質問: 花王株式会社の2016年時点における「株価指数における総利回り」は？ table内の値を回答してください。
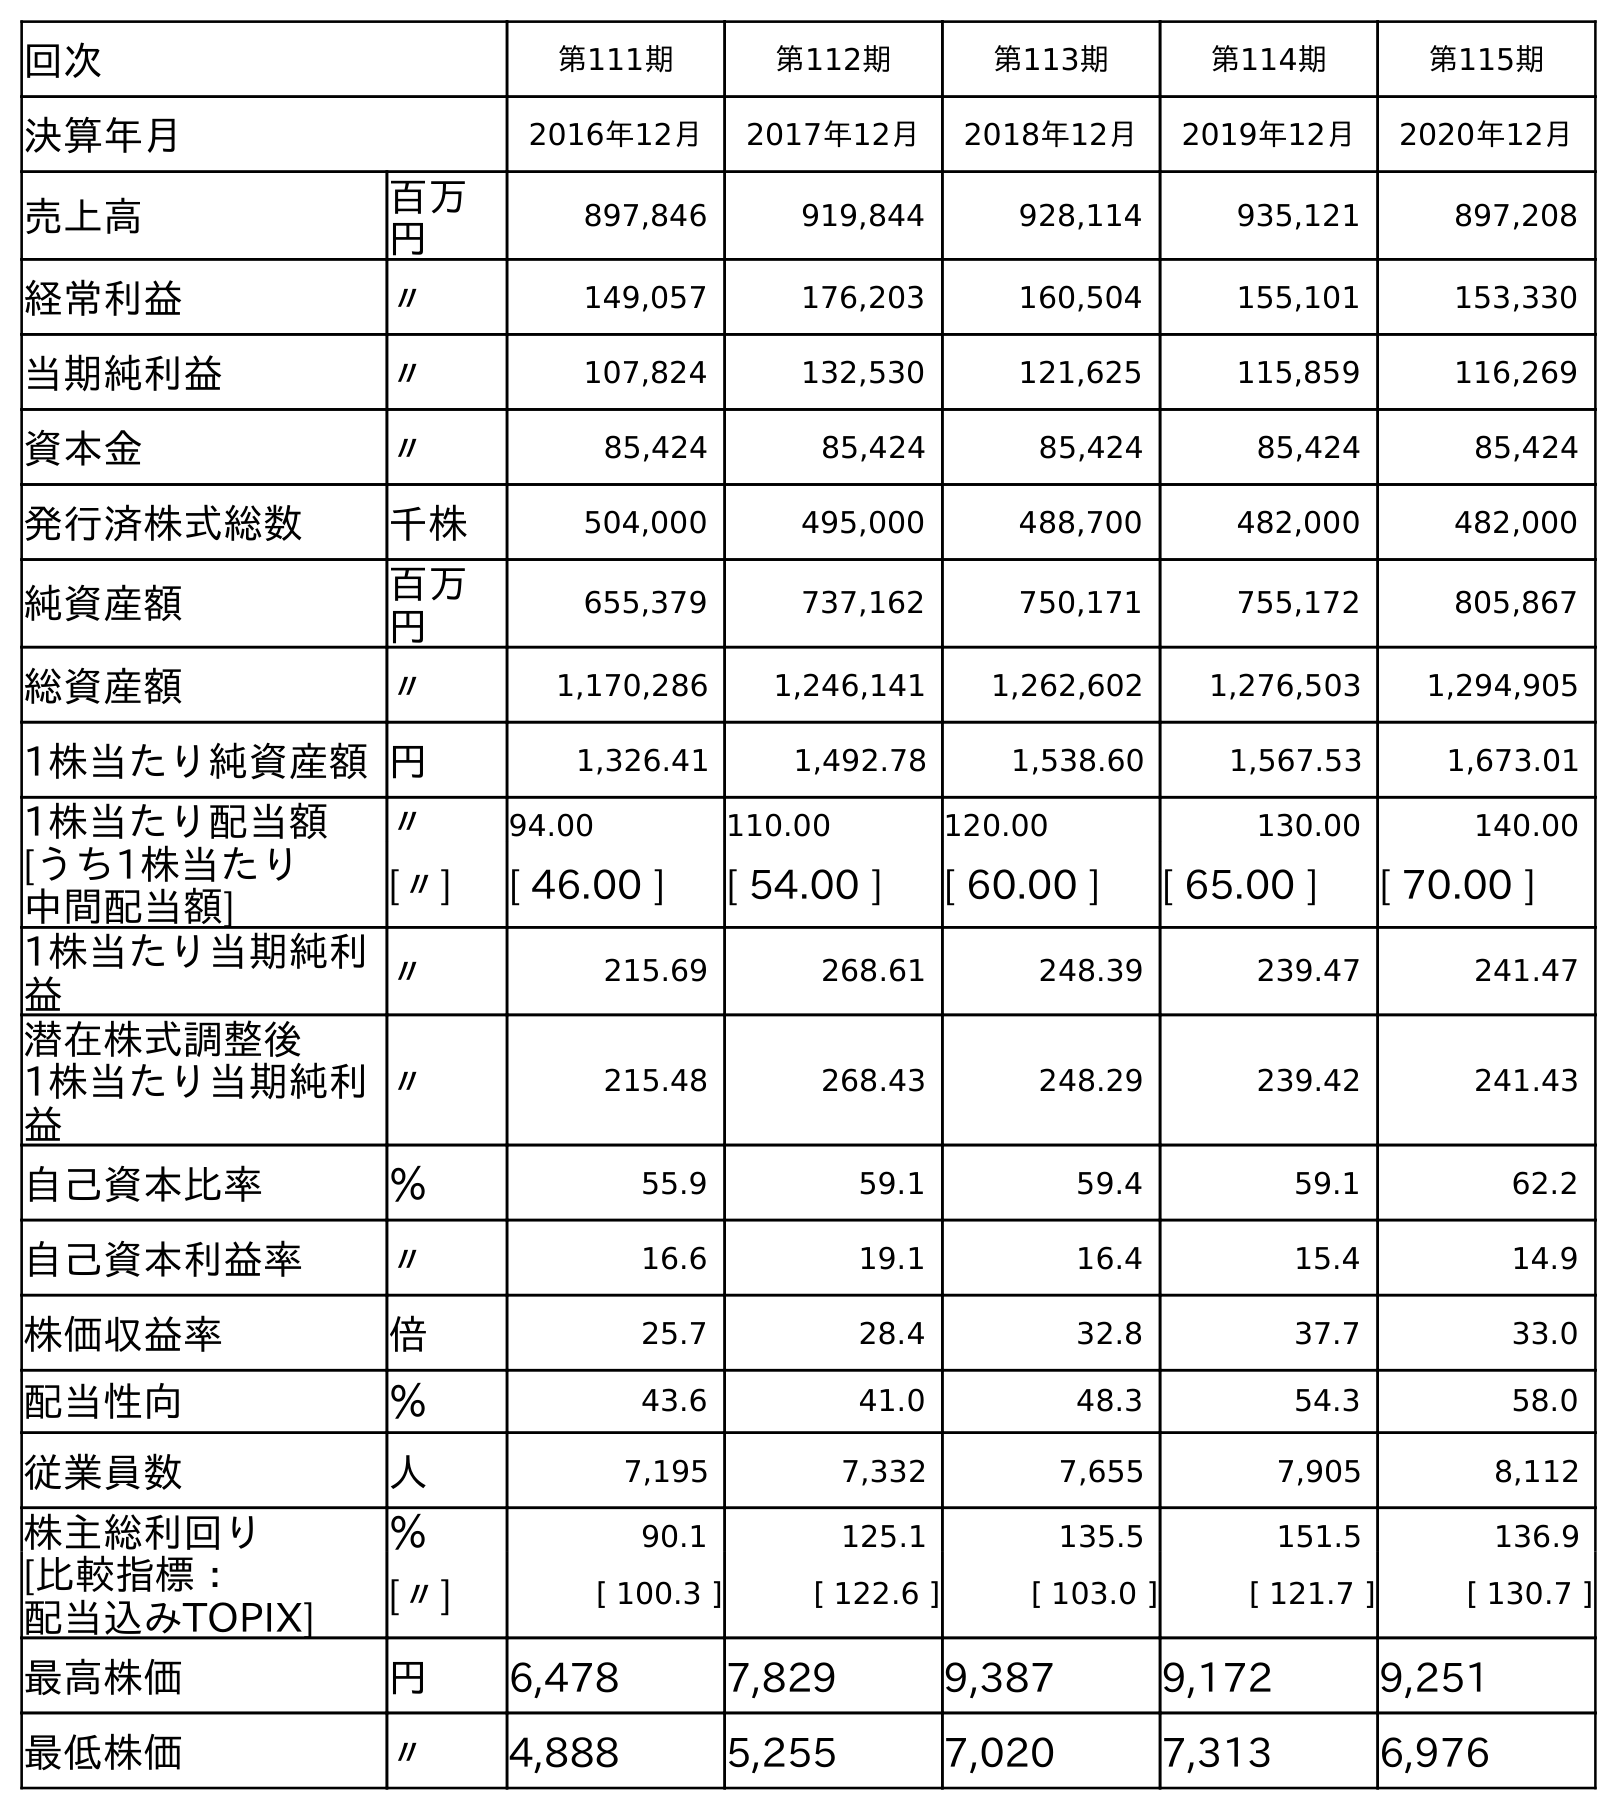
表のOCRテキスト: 回次 第111期 第112期 第113期 第114期 第115期 決算年月 2016年12月 2017年12月 2018年12月 2019年12月 2020年12月 売上高 百万 円 897,846 919,844 928,114 935,121 897,208 経常利益 〃 149,057 176,203 160,504 155,101 153,330 当期純利益 〃 107,824 132,530 121,625 115,859 116,269 資本金 〃 85,424 85,424 85,424 85,424 85,424 発行済株式総数 千株 504,000 495,000 488,700 482,000 482,000 純資産額 百万 円 655,379 737,162 750,171 755,172 805,867 総資産額 〃 1,170,286 1,246,141 1,262,602 1,276,503 1,294,905 1株当たり純資産額円 1,326.41 1,492.78 1,538.60 1,567.53 1,673.01 1株当たり配当額 〃 94.00 110.00 120.00 130.00 140.00 [うち1株当たり 中間配当額] [〃] [ 46.00 ] [ 54.00 ] [ 60.00 ] [ 65.00 ] [ 70.00 ] 1株当たり当期純利 益 〃 215.69 268.61 248.39 239.47 241.47 潜在株式調整後 1株当たり当期純利 益 〃 215.48 268.43 248.29 239.42 241.43 自己資本比率 ％ 55.9 59.1 59.4 59.1 62.2 自己資本利益率 〃 16.6 19.1 16.4 15.4 14.9 株価収益率 倍 25.7 28.4 32.8 37.7 33.0 配当性向 ％ 43.6 41.0 48.3 54.3 58.0 従業員数 人 7,195 7,332 7,655 7,905 8,112 株主総利回り ％ 90.1 125.1 135.5 151.5 136.9 [比較指標： 配当込みTOPIX] [〃] [ 100.3 ] [ 122.6 ] [ 103.0 ] [ 121.7 ] [ 130.7 ] 最高株価 円 6,478 7,829 9,387 9,172 9,251 最低株価 〃 4,888 5,255 7,020 7,313 6,976
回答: [100.3]